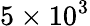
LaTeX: \mathrm{5\times 10^{3}}